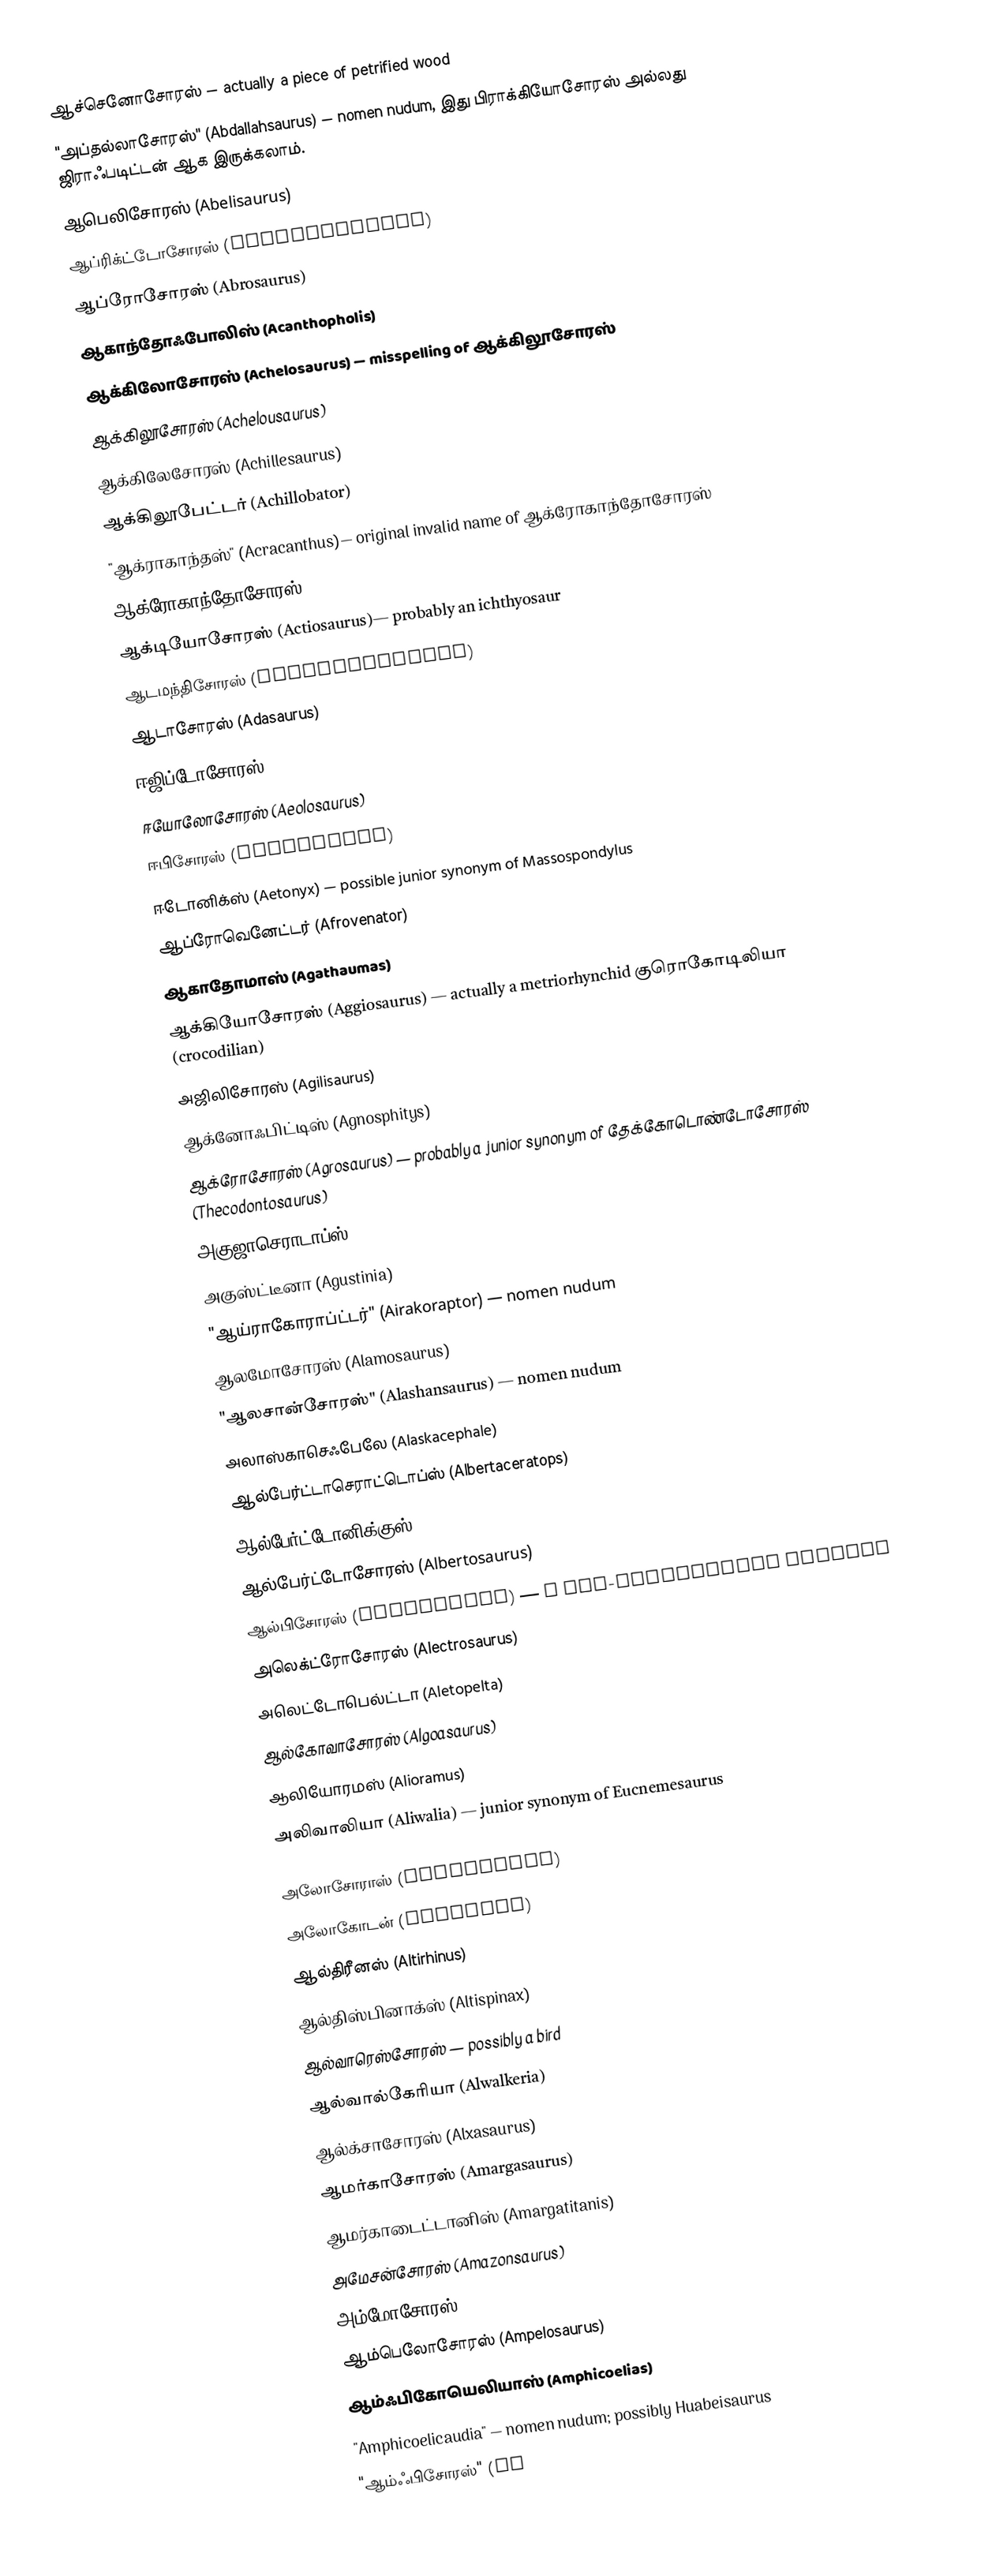
ஆச்செனோசோரஸ் — actually a piece of petrified wood
"அப்தல்லாசோரஸ்" (Abdallahsaurus) — nomen nudum, இது பிராக்கியோசோரஸ் அல்லது ஜிராஃபடிட்டன் ஆக இருக்கலாம்.
ஆபெலிசோரஸ் (Abelisaurus)
ஆப்ரிக்ட்டோசோரஸ் (Abrictosaurus)
ஆப்ரோசோரஸ் (Abrosaurus)
ஆகாந்தோஃபோலிஸ் (Acanthopholis)
ஆக்கிலோசோரஸ் (Achelosaurus) — misspelling of ஆக்கிலூசோரஸ்
ஆக்கிலூசோரஸ் (Achelousaurus)
ஆக்கிலேசோரஸ் (Achillesaurus)
ஆக்கிலூபேட்டர் (Achillobator)
"ஆக்ராகாந்தஸ்" (Acracanthus)— original invalid name of ஆக்ரோகாந்தோசோரஸ்
ஆக்ரோகாந்தோசோரஸ் (Acrocanthosaurus)
ஆக்டியோசோரஸ் (Actiosaurus)— probably an ichthyosaur
ஆடமந்திசோரஸ் (Adamantisaurus)
ஆடாசோரஸ் (Adasaurus)
ஈஜிப்டோசோரஸ் (Aegyptosaurus)
ஈயோலோசோரஸ் (Aeolosaurus)
ஈபிசோரஸ் (Aepisaurus)
ஈடோனிக்ஸ் (Aetonyx) — possible junior synonym of Massospondylus
ஆப்ரோவெனேட்டர் (Afrovenator)
ஆகாதோமாஸ் (Agathaumas)
ஆக்கியோசோரஸ் (Aggiosaurus) — actually a metriorhynchid குரொகோடிலியா (crocodilian)
அஜிலிசோரஸ் (Agilisaurus)
ஆக்னோஃபிட்டிஸ் (Agnosphitys)
ஆக்ரோசோரஸ் (Agrosaurus) — probably a junior synonym of தேக்கோடொண்டோசோரஸ் (Thecodontosaurus)
அகுஜாசெராடாப்ஸ் (Agujaceratops)
அகுஸ்ட்டீனா (Agustinia)
"ஆய்ராகோராப்ட்டர்" (Airakoraptor) — nomen nudum
ஆலமோசோரஸ் (Alamosaurus)
"ஆலசான்சோரஸ்" (Alashansaurus) — nomen nudum
அலாஸ்காசெஃபேலே (Alaskacephale)
ஆல்பேர்ட்டாசெராட்டொப்ஸ் (Albertaceratops)
ஆல்பேர்ட்டோனிக்குஸ் (Albertonykus)
ஆல்பேர்ட்டோசோரஸ் (Albertosaurus)
ஆல்பிசோரஸ் (Albisaurus) — a non-dinosaurian reptile
அலெக்ட்ரோசோரஸ் (Alectrosaurus)
அலெட்டோபெல்ட்டா (Aletopelta)
ஆல்கோவாசோரஸ் (Algoasaurus)
ஆலியோரமஸ் (Alioramus)
அலிவாலியா (Aliwalia) — junior synonym of Eucnemesaurus

அலோசோராஸ் (Allosaurus)
அலோகோடன் (Alocodon)
ஆல்திரீனஸ் (Altirhinus)
ஆல்திஸ்பினாக்ஸ் (Altispinax)
ஆல்வாரெஸ்சோரஸ் — possibly a bird
ஆல்வால்கேரியா (Alwalkeria)
ஆல்க்சாசோரஸ் (Alxasaurus)
ஆமர்காசோரஸ் (Amargasaurus)
ஆமர்காடைட்டானிஸ் (Amargatitanis)
அமேசன்சோரஸ் (Amazonsaurus)
அம்மோசோரஸ் (Ammosaurus)
ஆம்பெலோசோரஸ் (Ampelosaurus)
ஆம்ஃபிகோயெலியாஸ் (Amphicoelias)
"Amphicoelicaudia" — nomen nudum; possibly Huabeisaurus
"ஆம்ஃபிசோரஸ்" (Am